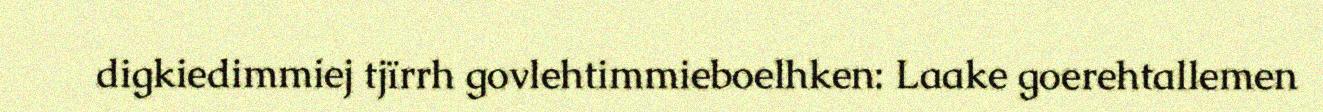
digkiedimmiej tjïrrh govlehtimmieboelhken: Laake goerehtallemen